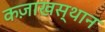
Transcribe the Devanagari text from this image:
कज़ाखस्थान